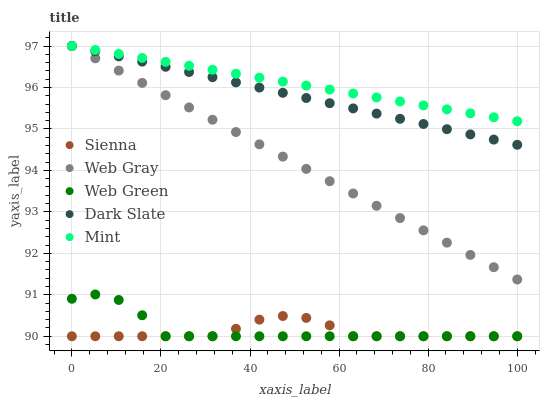
| xaxis_label | Sienna | Web Gray | Web Green | Dark Slate | Mint |
 | --- | --- | --- | --- | --- | --- |
 | 0 | 90 | 97 | 90.9 | 97 | 97 |
 | 5.26 | 90 | 96.7 | 91 | 96.9 | 96.9 |
 | 10.5 | 90 | 96.4 | 90.9 | 96.7 | 96.8 |
 | 15.8 | 90 | 96.1 | 90.5 | 96.6 | 96.7 |
 | 21.1 | 90 | 95.8 | 90 | 96.5 | 96.6 |
 | 26.3 | 90 | 95.5 | 90 | 96.4 | 96.5 |
 | 31.6 | 90 | 95.2 | 90 | 96.2 | 96.4 |
 | 36.8 | 90.2 | 94.9 | 90 | 96.1 | 96.3 |
 | 42.1 | 90.4 | 94.6 | 90 | 96 | 96.2 |
 | 47.4 | 90.5 | 94.3 | 90 | 95.9 | 96.1 |
 | 52.6 | 90.4 | 94 | 90 | 95.7 | 96 |
 | 57.9 | 90.3 | 93.7 | 90 | 95.6 | 95.9 |
 | 63.2 | 90 | 93.4 | 90 | 95.5 | 95.9 |
 | 68.4 | 90 | 93.1 | 90 | 95.4 | 95.8 |
 | 73.7 | 90 | 92.9 | 90 | 95.2 | 95.7 |
 | 78.9 | 90 | 92.6 | 90 | 95.1 | 95.6 |
 | 84.2 | 90 | 92.3 | 90 | 95 | 95.5 |
 | 89.5 | 90 | 92 | 90 | 94.9 | 95.4 |
 | 94.7 | 90 | 91.7 | 90 | 94.7 | 95.3 |
 | 100 | 90 | 91.4 | 90 | 94.6 | 95.2 |